Veterinary regulations India, 1939 -
Year: 1939
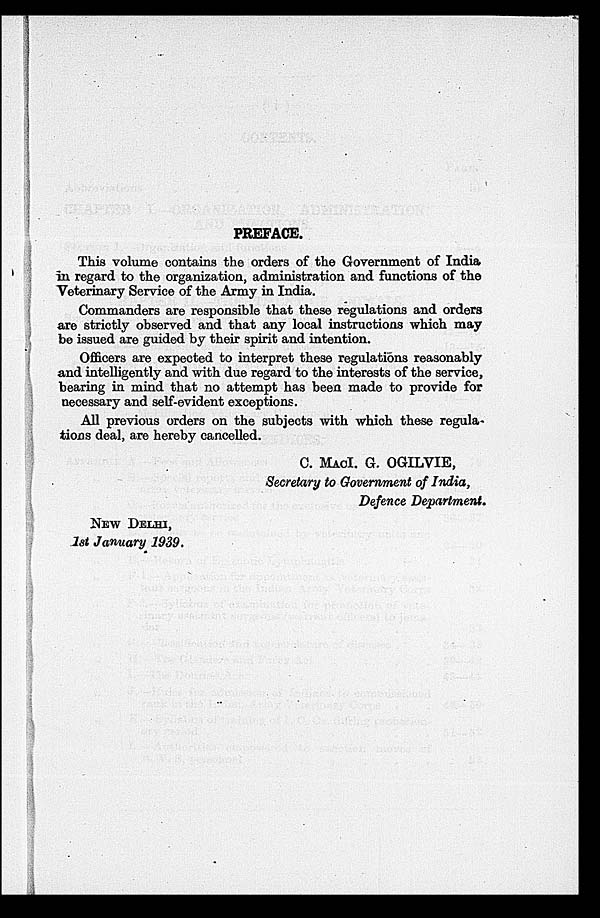
PREFACE.
This volume contains the orders of the Government of India
in regard to the organization, administration and functions of the
Veterinary Service of the Army in India.
Commanders are responsible that these regulations and orders
are strictly observed and that any local instructions which may
be issued are guided by their spirit and intention.
Officers are expected to interpret these regulations reasonably
and intelligently and with due regard to the interests of the service,
bearing in mind that no attempt has been made to provide for
necessary and self-evident exceptions.
All previous orders on the subjects with which these regula-
tions deal, are hereby cancelled.
C. MACI. G. OGILVIE,
Secretary to Government of India,
Defence Department.
NEW DELHI,
1st January 1939.